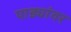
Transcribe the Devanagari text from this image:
पाड्यांवर